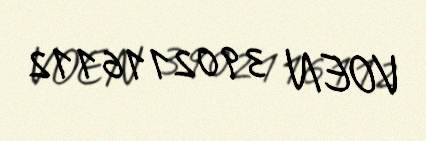
VOEN 3902116112